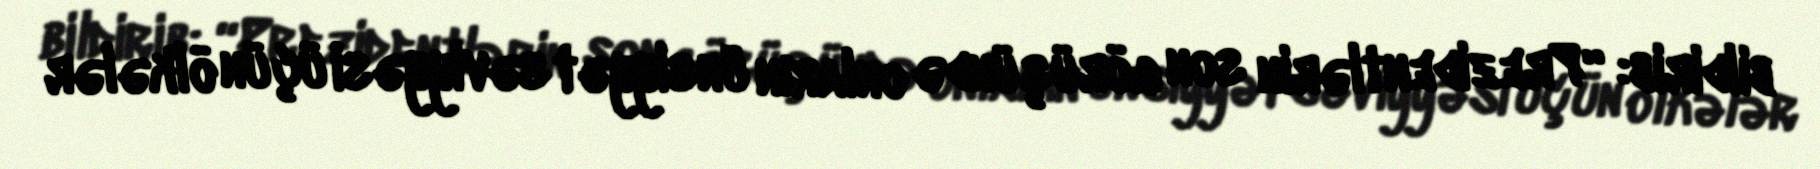
bildirib: “Prezidentlərin son görüşündə onların ünsiyyət səviyyəsi üçün ölkələr